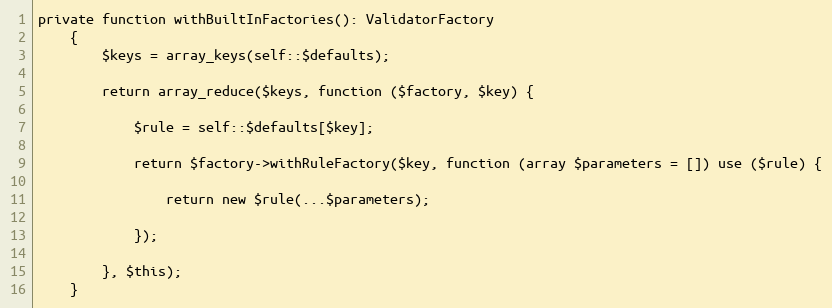
Language: PHP
private function withBuiltInFactories(): ValidatorFactory
    {
        $keys = array_keys(self::$defaults);

        return array_reduce($keys, function ($factory, $key) {

            $rule = self::$defaults[$key];

            return $factory->withRuleFactory($key, function (array $parameters = []) use ($rule) {

                return new $rule(...$parameters);

            });

        }, $this);
    }